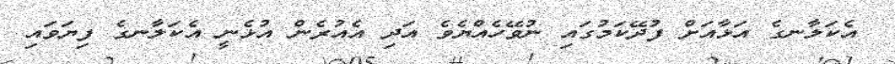
އެކަލާނގެ އަޅާއަށް ފުދޭކަމުގައި ނުވޭހެއްޔެވެ އަދި އެއުރެން އުޅެނީ އެކަލާނގެ ފިޔަވައި